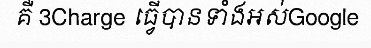
គឺ 3Charge ធ្វើបានទាំងអស់Google